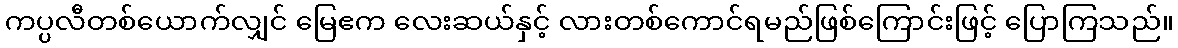
ကပ္ပလီတစ်ယောက်လျှင် မြေဧက လေးဆယ်နှင့် လားတစ်ကောင်ရမည်ဖြစ်ကြောင်းဖြင့် ပြောကြသည်။